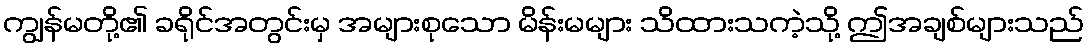
ကျွန်မတို့၏ ခရိုင်အတွင်းမှ အများစုသော မိန်းမများ သိထားသကဲ့သို့ ဤအချစ်များသည်